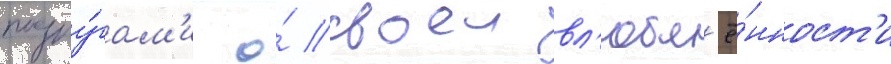
подру́гам'и о́ своеи вл'юбл'ё́нност'и